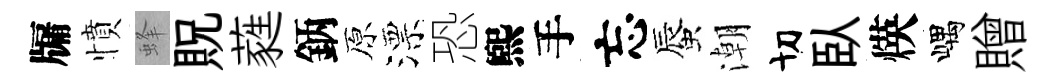
牖憤蜂貺蕤鈵原漂恐煕手忘蜃潮切臥煐嵎贈